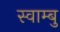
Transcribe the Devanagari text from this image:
स्वाम्बु